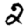
Digit: 2